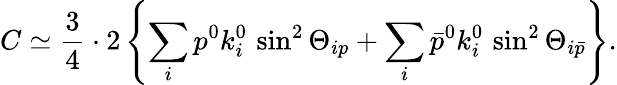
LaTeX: C\simeq\frac 34\cdot 2\left\{ \sum_{i}p^{0}k_{i}^{0}\, \sin^{2}\Theta_{ip}+\sum_{i}\bar{p}^{0}k_{i}^{0}\, \sin^{2}\Theta_{i\bar{p}}\right\} .